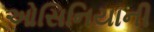
ઓસિનિયાની